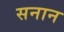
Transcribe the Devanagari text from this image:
सनान